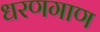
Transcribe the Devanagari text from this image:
धरणगाण